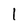
Character: 1